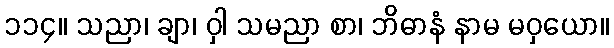
၁၁၄။ သညာ၊ ချာ၊ ဝှါ သမညာ စာ၊ ဘိဓာနံ နာမ မဝှယော။